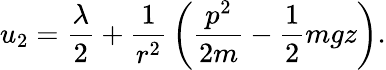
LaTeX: u_{2}={\frac{\lambda}{2}}+{\frac{1}{r^{2}}}\left({\frac{p^{2}}{2m}}-{\frac{1}{2}}mgz\right).